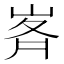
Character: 𭖥